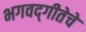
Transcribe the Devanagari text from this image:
भगवद्‌गीतेचे